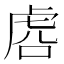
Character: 𰲛